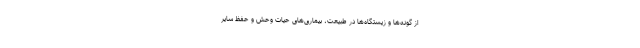
از گونه‌ها و زیستگاه‌ها در طبیعت، بیماری‌های حیات‌ وحش و حفظ سایر